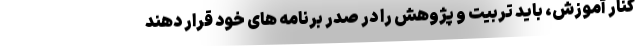
کنار آموزش، باید تربیت و پژوهش را در صدر برنامه های خود قرار دهند